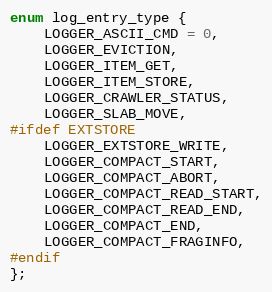
Language: C
enum log_entry_type {
    LOGGER_ASCII_CMD = 0,
    LOGGER_EVICTION,
    LOGGER_ITEM_GET,
    LOGGER_ITEM_STORE,
    LOGGER_CRAWLER_STATUS,
    LOGGER_SLAB_MOVE,
#ifdef EXTSTORE
    LOGGER_EXTSTORE_WRITE,
    LOGGER_COMPACT_START,
    LOGGER_COMPACT_ABORT,
    LOGGER_COMPACT_READ_START,
    LOGGER_COMPACT_READ_END,
    LOGGER_COMPACT_END,
    LOGGER_COMPACT_FRAGINFO,
#endif
};